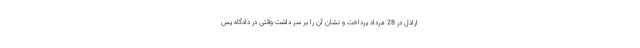
اراذل در 28 مرداد پرداخت و نشان آن را بر سر داشت وقتی در دادگاه پس